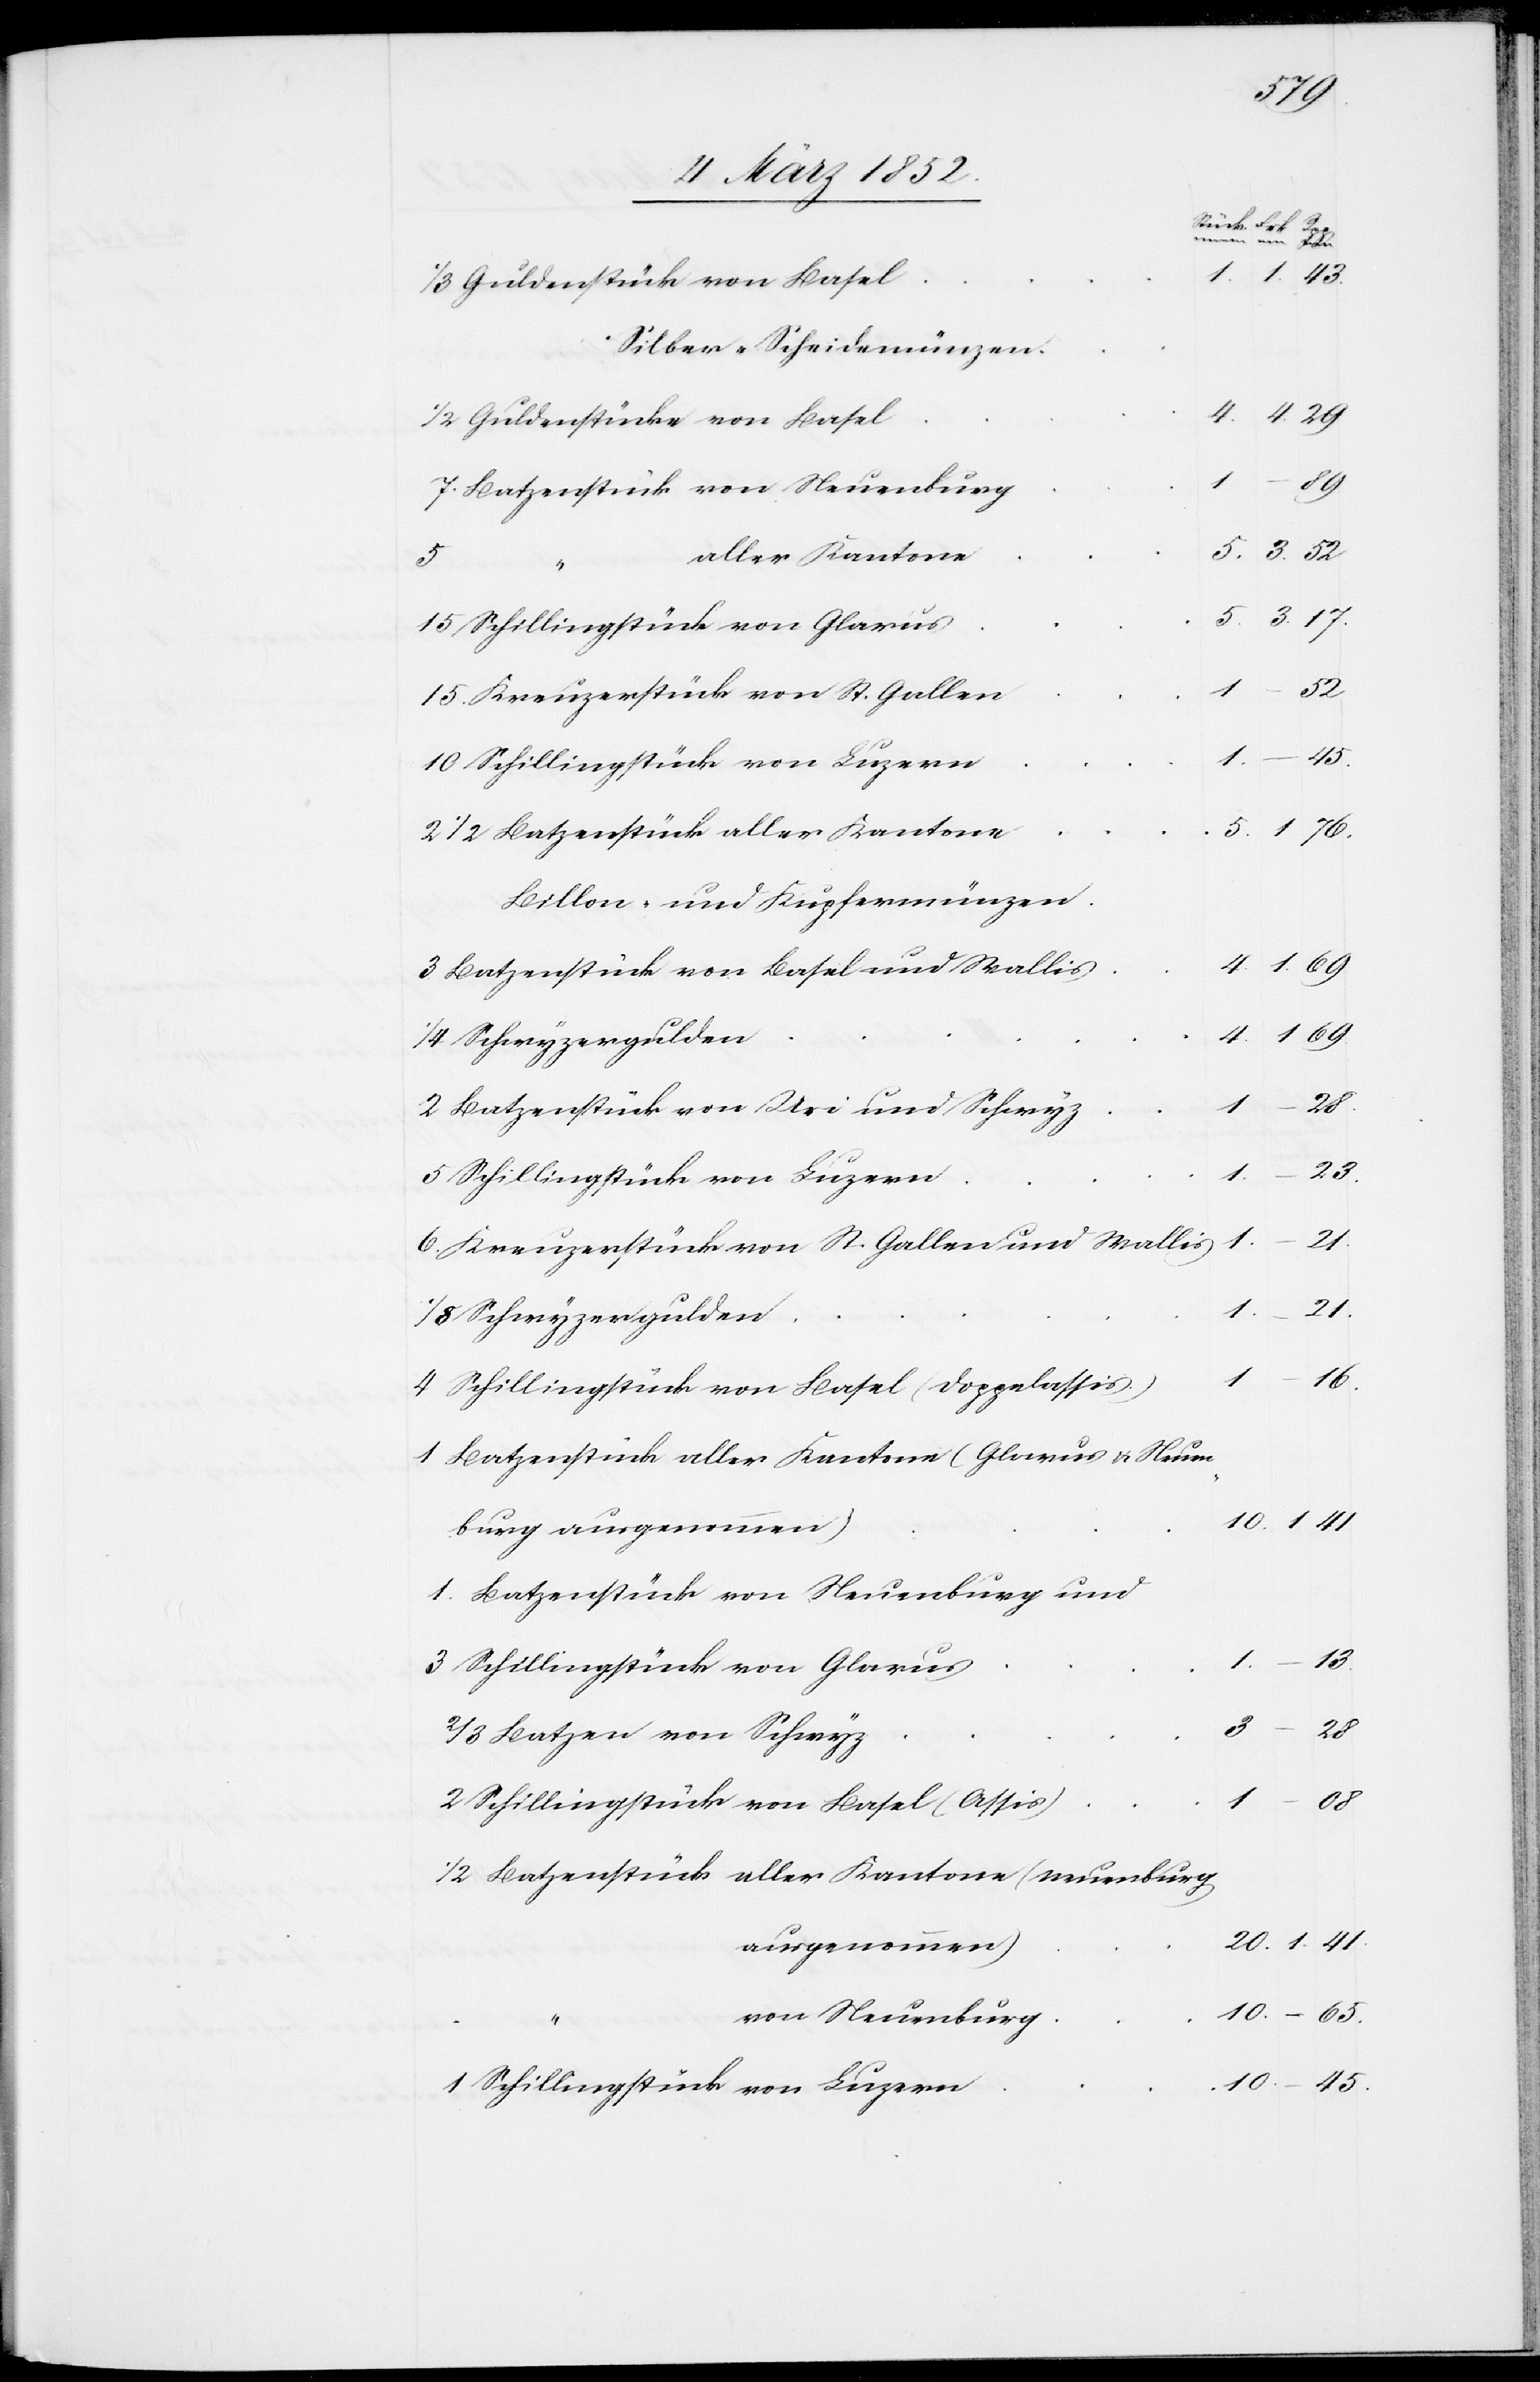
1/3 Guldenstück von Basel
Silber-Scheidemünzen
1/2 Guldenstücke von Basel
7. Batzenstück von Neuenburg
aller Kantone
5.
15 Schillingstück von Glarus
10 Kreuzerstück von St. Gallen
2 1/2 Batzenstück aller Kantone
Billon- und Kupfermünzen
3 Batzenstück von Basel und Wallis
1/4 Schwyzergulden
2 Batzenstück von Uri und Schwyz
5 Schillingstück von Luzern
6 Kreuzerstück von St. Gallen und Wallis
1/8 Schwyzergulden
4 Schillingstück von Basel (Doppelassis)
1 Batzenstück aller Kantone (Glarus u. Neuen¬
burg ausgenommen)
1 Batzenstück von Neuenburg und
3 Schillingstück von Glarus
2/3 Batzen von Schwyz
2 Schillingstück von Basel (Assis)
1/2 Batzenstück aller Kantone(Neuenburg
ausgenommen)
von Neuenburg
1 Schillingstück von Luzern

5
“
5.
5.
–
65
1.
52
4.
4.
29
13
1.
–
3.
20.
1.
41